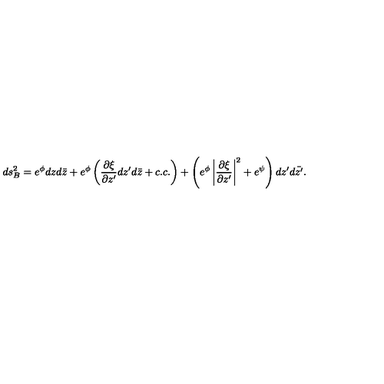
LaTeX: d s _ { B } ^ { 2 } = e ^ { \phi } d z d \bar { z } + e ^ { \phi } \left( \frac { \partial \xi } { \partial z ^ { \prime } } d z ^ { \prime } d \bar { z } + c . c . \right) + \left( e ^ { \phi } \left| \frac { \partial \xi } { \partial z ^ { \prime } } \right| ^ { 2 } + e ^ { \psi } \right) d z ^ { \prime } d \bar { z ^ { \prime } } .